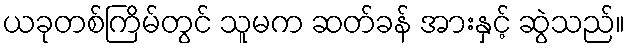
ယခုတစ်ကြိမ်တွင် သူမက ဆတ်ခန် အားနှင့် ဆွဲသည်။